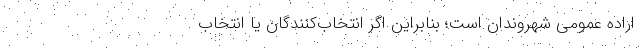
اراده عمومی شهروندان است؛ بنابراین اگر انتخاب‌‌کنندگان یا انتخاب‌